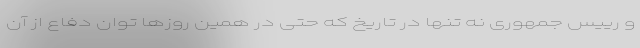
و رییس جمهوری نه تنها در تاریخ که حتی در همین روزها توان دفاع از آن